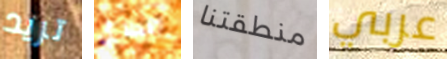
تريد للقتال منطقتنا عربي